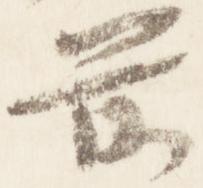
前